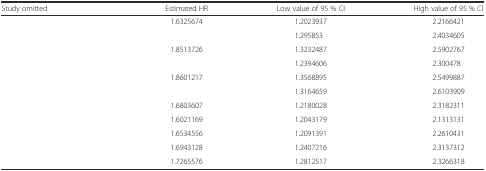
<table><thead><tr><td><b>Study omitted</b></td><td><b>Estimated HR</b></td><td><b>Low value of 95 % CI</b></td><td><b>High value of 95 % CI</b></td></tr></thead><tbody><tr><td>[EMPTY_CELL]</td><td>1.6325674</td><td>1.2023937</td><td>2.2166421</td></tr><tr><td>[EMPTY_CELL]</td><td>[EMPTY_CELL]</td><td>1.295853</td><td>2.4034605</td></tr><tr><td>[EMPTY_CELL]</td><td>1.8513726</td><td>1.3232487</td><td>2.5902767</td></tr><tr><td>[EMPTY_CELL]</td><td>[EMPTY_CELL]</td><td>1.2394606</td><td>2.300478</td></tr><tr><td>[EMPTY_CELL]</td><td>1.8601217</td><td>1.3568895</td><td>2.5499887</td></tr><tr><td>[EMPTY_CELL]</td><td>[EMPTY_CELL]</td><td>1.3164659</td><td>2.6103909</td></tr><tr><td>[EMPTY_CELL]</td><td>1.6803607</td><td>1.2180028</td><td>2.3182311</td></tr><tr><td>[EMPTY_CELL]</td><td>1.6021169</td><td>1.2043179</td><td>2.1313131</td></tr><tr><td>[EMPTY_CELL]</td><td>1.6534556</td><td>1.2091391</td><td>2.2610431</td></tr><tr><td>[EMPTY_CELL]</td><td>1.6943128</td><td>1.2407216</td><td>2.3137312</td></tr><tr><td>[EMPTY_CELL]</td><td>1.7265576</td><td>1.2812517</td><td>2.3266318</td></tr></tbody></table>